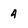
Character: 4